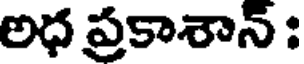
అధ ప్రకాశాన్ :